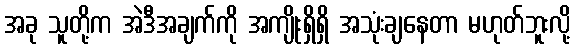
အခု သူတို့က အဲဒီအချက်ကို အကျိုးရှိရှိ အသုံးချနေတာ မဟုတ်ဘူးလို့